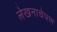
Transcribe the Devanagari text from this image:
लेखनाचेपण